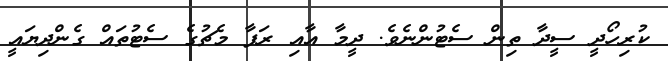
ކުރިހޯދީ ސީދާ ތިން ސެޓުންނެވެ. ދީމާ އާއި ރަފާ މެޗުގެ ސެޓުތައް ގެންދިޔައީ